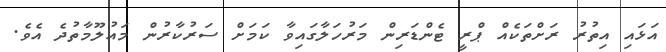
އަޅައި އިތުރު ރަށްތަކެއް ޕްރީ ޓެންޑަރިން މަރުހަލާގައިވާ ކަމަށް ސަރުކާރުން މައުލޫމާތުދެ އެވެ.